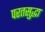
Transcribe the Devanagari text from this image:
परतसुद्धा